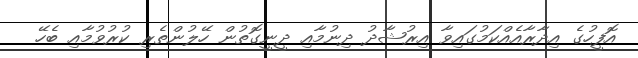
އޮފީހުގެ އިދާރާއެއްކަމުގައިވާ އިރުޝާދު ދިނުމާއި ދީނީގޮތުން ހޭލުންތެރި ކުރުވުމާއި ބެހޭ